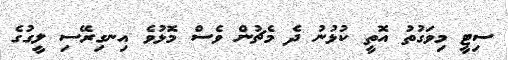
ސިޓީ މިވަގުތު އޮތީ ކުޅުނު ދެ މެޗުން ވެސް މޮޅުވެ އިނގިރޭސި ލީގުގެ